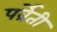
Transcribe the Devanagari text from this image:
पर्व्रेती